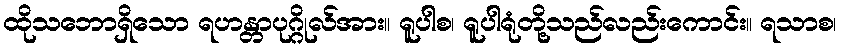
ထိုသဘောရှိသော ရဟန္တာပုဂ္ဂိုလ်အား။ ရူပါစ၊ ရူပါရုံတို့သည်လည်းကောင်း။ ရသာစ၊